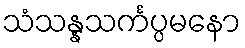
သံသန္နသင်္ကပ္ပမနော